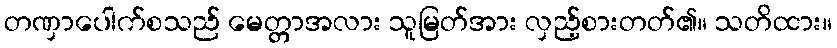
တဏှာပေါက်စသည် မေတ္တာအလား သူမြတ်အား လှည့်စားတတ်၏။ သတိထား။